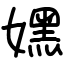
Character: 嫼